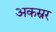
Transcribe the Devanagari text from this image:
अकस्रर